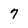
Character: 7